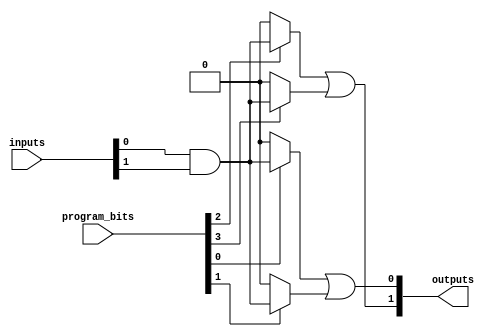
module FlashProgrammablePAL (
    input wire [N-1:0] inputs,          // N input signals
    input wire [M-1:0] program_bits,    // M programming bits for AND gates
    output wire [P-1:0] outputs          // P output signals
);

// Parameters
parameter N = 8;  // Number of input lines
parameter M = 4;  // Number of AND gates
parameter P = 2;  // Number of output lines

// Internal signals
wire [M-1:0] and_outputs; // Outputs from the AND gates

// AND Array - Programmable
genvar i;
generate
    for (i = 0; i < M; i = i + 1) begin : and_array
        assign and_outputs[i] = (program_bits[i] == 1'b1) ? 
                                 (inputs[0] & inputs[1]) : 1'b0; // Example logic
    end
endgenerate

// Fixed OR Array
assign outputs[0] = and_outputs[0] | and_outputs[1]; // Example OR logic
assign outputs[1] = and_outputs[2] | and_outputs[3]; // Example OR logic

endmodule